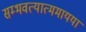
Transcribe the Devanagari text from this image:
सम्भवत्यात्ममायया